Vital statistics of India. Vol. IV, Annual returns from 1871 to 1876. British Army of India, Native Army and jails of Bengal
Year: 1871
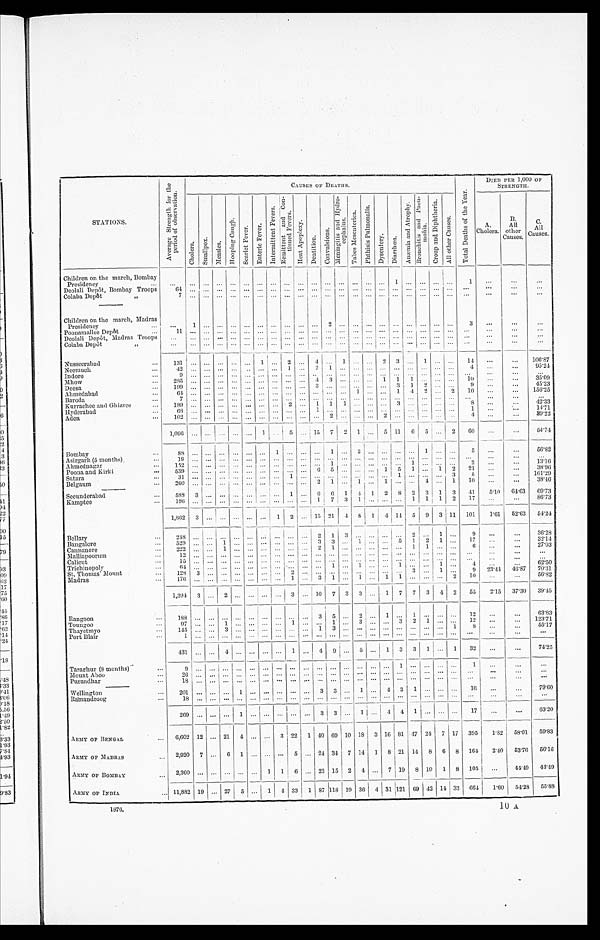
S T A T I O N S .
A v e r a g e S t r e n g t h f o r t h e
p e r i o d o f o b s e r v a t i o n .
CAUS E S OF DE AT HS .
T o t a l D e a t h s o f t h e Y e a r .
DIED PER 1,000 OF
STRENGTH.
C h o l e r a . S m a l l p o x . M e a s l e s .
H o o p i n g C o u g h . S c a r l e t F e v e r . E n t e r i c F e v e r .
I n t e r m i t t e n t F e v e r s .
R e m i t t e n t a n d C o n -
t i n u e d F e v e r s .
H e a t A p o p l e x y .
D e n t i t i o n .
C o n v u l s i o n s .
M e n i n g i t i s a n d H y d r o -
c e p h a l u s .
T a b e s M e s e n t e r i c a .
P h t h i s i s P u l m o n a l i s .
D y s e n t e r y . D i a r r h œ a .
A n æ m i a a n d A t r o p h y .
B r o n e h i t i s a n d P n e u -
mo n i a .
C r o u p a n d D i p h t h e r i a .
A l l o t h e r C a u s e s .
A.
Cholera.
B.
All
other
Causes.
C.
All
Causes
.
Children on the march, Bombay
Presi dency
1
1
Deolali Depôt, Bombay Troops 64
Colaba Depôt „
7
Children on the march, Madras
Presi dency
1
2
3
Poonamallee Depôt
1 1
Deolali Depôt, Madras Troops
Colaba Depot „
Nusseerabad
131
1
2
4
1
2 3
1
14
106.87
Neemuch
42
1
2 1
4
95.24
Indore
9
M h o w
285
4 3
1 1 1
10
35.09
Deesa
199
3
3 1 2
9
45.23
Ahmedabad
6 4
1
1 4 2
2 10
156.25
Baroda
7
Kurrachee and Ghizree
189
2
1 1 1
3
8
42.33
H y d e r a b a d
6 8
1
1
14.71
Aden
102
2
2
4
39.22
1,096
1
5
15 7 2 1
5 11 6 5
2
6 0
54.74
Bombay
8 8
1
1
2
1
5
56.82
Asirgarh (5 months)
1 9
Ahmednagar
1 5 2
1
1
2
13.16
Poona and Kirki
5 3 9
6 5
1 5 1
1 2 21
38.90
Satara
3 1
1
1
3 5
161.29
Bel gaum
2 6 0
2 1
1
1
4
1 10
38.46
Secunderabad
588 3
1
6 6 1 4 1 2 8 2 3 1 3 41 5.10 64.63 69.73
Kamptee
196
1 7 3 1
1 1 1 2 17
86.73
1,862 3
1 2
15 21 4 8 1 4 14 5 9 3 11 101 1.61 52.63 54.24
Bellary
2 4 8
2 1 3
2
1
9
36.28
Bangal ore
529
1
3 3
1
5 1 2 1
17
32.14
Cannanore
222
1
2 1
1 1
6
27.03
M a l l i a p o o r u m
12
Calicut
15
Trichinopoly
6 4
1
1
1
4
62.50
St. Thomas Mount
1 2 8
3
2
3
1
9 23.44 46.87 70.31
Madras
176
1
3 1
1
1 1
2 10
56.82
1,394 3
2
3 10 7 3 3
1 7 7 3 4 2 55 2.15 37.30 39.45
Rangoon
188
3 5
2
1
1
12
63.83
Toungoo
9 7
1
1
1
3
3 2 1
12
123.71
Thayetmyo
145
3
1 3
1 8
55.17
Port Blair
1
4 3 1
4
1
4 9
5
1 3 3 1
1 32
74.25
Taraghur (8 months)
9
1
1
Mount Aboo
2 6
Purandhar
1 8
Wellington
201
1
3 3
1
4 3 1
16
79.60
Ramandroog
1 8
2 6 9
1
3 3
1
4 4 1
17
63.20
ARMY OF BENGAL 6,602 12
21 4
3 22 1 40 69 10 18 3 16 81 47 24 7 17 395 1 . 8 2
58.01 59.83
ARMY OF MADRAS
2,920 7
6 1
5
24 34 7 14 1 8 21 14 8 6 8 164 2.40 53.76 56.16
ARMY OF BOMBAY 2,360
1 1 6 23 15 2 4
7 19 8 10 1 8 105
44.49 44.49
A R M Y O F I N D I A 11,882 19
27 5
1 4 33 1 87 118 19 36 4 31 121 69 42 14 33 6 6 4 1.60 54.28 55.88
10
A
1876.